Report on metropolitan horse fairs and district horse shows of 1891-92 - 1891-1892
Year: 1891
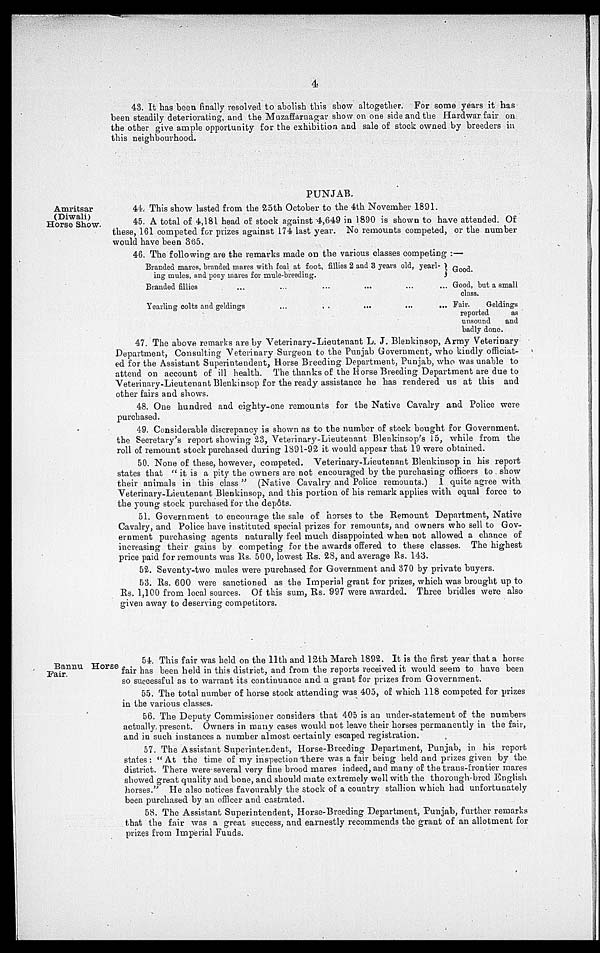
4
43. It has been finally resolved to abolish this show altogether. For some years it has
been steadily deteriorating, and the Muzaffarnagar show on one side and the Hardwarfair on
the other give ample opportunity for the exhibition and sale of stock owned by breeders in
this neighbourhood.
PUNJAB.
Amritsar
(Diwali)
Horse Show.
44. This show lasted from the 25th October to the 4th November 1891.
45, A total of 4,181 head of stock against 4,649 in 1890 is shown to have attended. Of
these, 161 competed for prizes against 174 last year. No remounts competed, or the number
would have been 365.
46, The following are the remarks made on the various classes competing :—
Branded mares, branded mares with foal at foot, fillies 2 and 3 years old, yearl-
ing mules, and pony mares for mule-breeding.
Branded fillies
...
Yearling colts and geldings
...
...
...
...
...
...
...
...
...
...
Good.
Good, but a small
class.
Fair.
Geldings
reported
as
unsound
and
badly done.
47. The above remarks are by Veterinary-Lieutenant L. J. Blenkinsop, Army Veterinary
Department, Consulting Veterinary Surgeon to the Punjab Government, who kindly officiat-
ed for the Assistant Superintendent, Horse Breeding Department, Punjab, who was unable to
attend on account of ill health. The thanks of the Horse Breeding Department are due to
Veterinary-Lieutenant Blenkinsop for the ready assistance he has rendered us at this and
other fairs and shows.
48. One hundred and eighty-one remounts for the Native Cavalry and Police were
purchased.
49. Considerable discrepancy is shown as to the number of stock bought for Government,
the Secretary's report showing 23, Veterinary-Lieutenant Blenkinsop's 15, while from the
roll of remount stock purchased during 1891-92 it would appear that 19 were obtained.
50. None of these, however, competed. Veterinary-Lieutenant Blenkinsop in his report
states that "it is a pity the owners are not encouraged by the purchasing officers to show
their animals in this class" (Native Cavalry and Police remounts.) I quite agree with
Veterinary-Lieutenant Blenkinsop, and this portion of his remark applies with equal force to
the young stock purchased for the depôts.
51. Government to encourage the sale of horses to the Remount Department, Native
Cavalry, and Police have instituted special prizes for remounts, and owners who sell to Gov-
ernment purchasing agents naturally feel much disappointed when not allowed a chance of
increasing their gains by competing for the awards offered to these classes. The highest
price paid for remounts was Rs. 500, lowest Rs. 28, and average Rs. 143.
52. Seventy-two mules were purchased for Government and 370 by private buyers.
53. Rs. 600 were sanctioned as the Imperial grant for prizes, which was brought up to
Rs. 1,100 from local sources. Of this sum, Rs. 997 were awarded. Three bridles were also
given away to deserving competitors.
Bannu Horse
Fair.
54. This fair was held on the 11th and 12th March 1892. It is the first year that a horse
fair has been held in this district, and from the reports received it would seem to have been
so successful as to warrant its continuance and a grant for prizes from Government.
55. The total number of horse stock attending was 405, of which 118 competed for prizes
in the various classes.
56. The Deputy Commissioner considers that 405 is an under-statement of the numbers
actually, present. Owners in many cases would not leave their horses permanently in the fair,
and in such instances a number almost certainly escaped registration.
57. The Assistant Superintendent, Horse-Breeding Department, Punjab, in his report
states: "At the time of my inspection there was a fair being held and prizes given by the
district. There were-several very fine brood mares indeed, and many of the trans-frontier mares
showed great quality and bone, and should mate extremely well with the thorough-bred English
horses." He also notices favourably the stock of a country stallion which had unfortunately
been purchased by an officer and castrated.
58. The Assistant Superintendent, Horse-Breeding Department, Punjab, further remarks
that the fair was a great success, and earnestly recommends the grant of an allotment for
prizes from Imperial Funds.